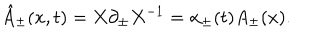
{ \hat { A } } _ { \pm } ( x , t ) = X \partial _ { \pm } X ^ { - 1 } = \alpha _ { \pm } ( t ) A _ { \pm } ( x ) .